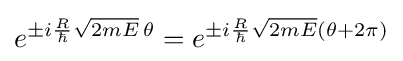
e^{\pm i{\frac {R}{\hbar }}{\sqrt {2mE}}\,\theta }=e^{\pm i{\frac {R}{\hbar }}{\sqrt {2mE}}(\theta +2\pi )}